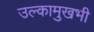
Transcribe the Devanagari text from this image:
उल्कामुखभी